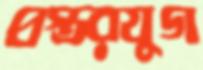
প্রস্তরযুগ